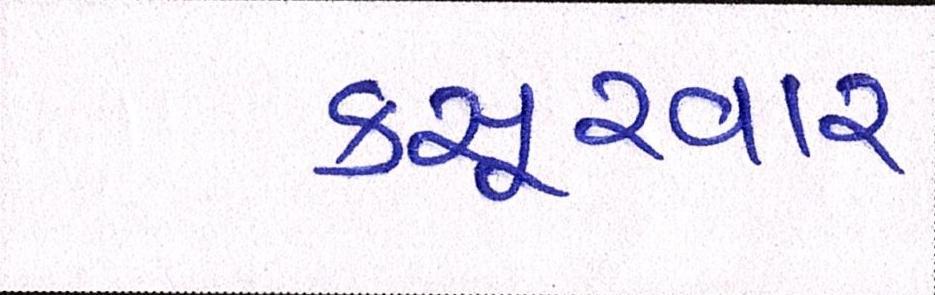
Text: કસૂરવાર